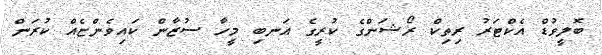
ބޮލީވުޑް އެކްޓަރު ރިތިކް ރޯޝަންގެ ކުރީގެ އަނބި މީހާ ސުޒާން ކައިވެންޏެއް ކުރަން